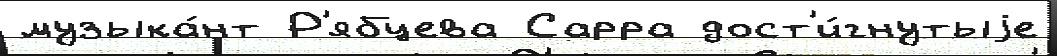
музыка́нт Р'ябцева Сарра дост'и́гнутыjе